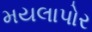
મયલાપોર